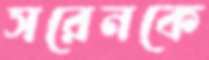
সরেনকে